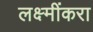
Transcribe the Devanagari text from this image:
लक्ष्मींकरा